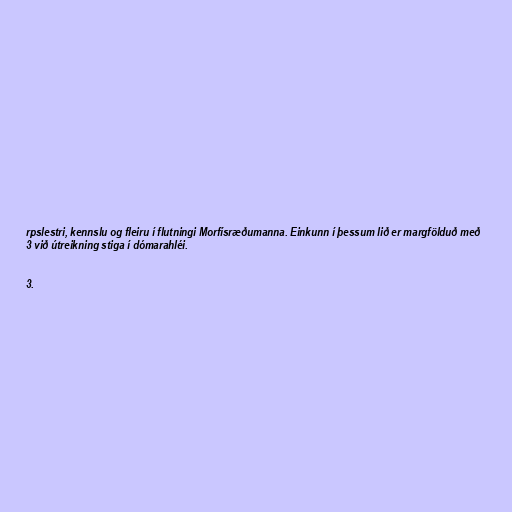
rpslestri, kennslu og fleiru í flutningi Morfísræðumanna. Einkunn í þessum lið er margfölduð með
3 við útreikning stiga í dómarahléi.

3.